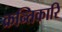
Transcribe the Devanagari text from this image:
क्रन्तिकारि